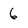
Character: 6